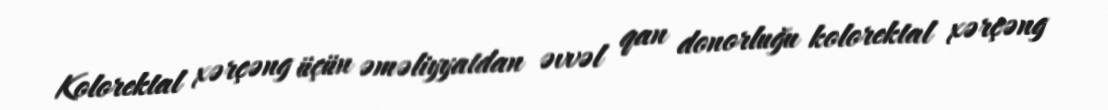
Kolorektal xərçəng üçün əməliyyatdan əvvəl qan donorluğu kolorektal xərçəng